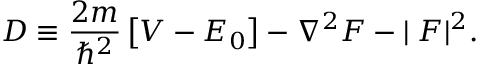
D \equiv { \frac { 2 m } { \hbar ^ { 2 } } } \left[ V - E _ { 0 } \right] - \nabla ^ { 2 } F - | { \bf \nabla } F | ^ { 2 } .